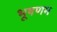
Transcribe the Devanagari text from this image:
भूषणम